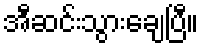
အီဆင်းသွားချေပြီ။